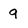
Character: 9